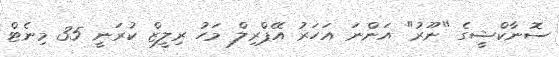
ސޮނާކްޝީގެ "ނޫރު" އަންނަ އަހަރު އޭޕްރިލް މަހު ރިލީޒް ކުރަނީ 35 މިނެޓް